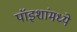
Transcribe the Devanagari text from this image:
पॉइशांमध्ये